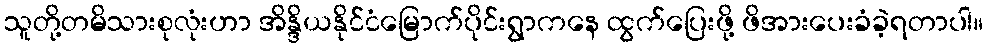
သူတို့တမိသားစုလုံးဟာ အိန္ဒိယနိုင်ငံမြောက်ပိုင်းရွာကနေ ထွက်ပြေးဖို့ ဖိအားပေးခံခဲ့ရတာပါ။